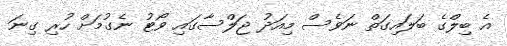
އެ ބިލްގެ ބަލައިގަތް ނަވެސް މިއަދު ޖަލްސާގައި ވޯޓު ނެގުމަށް ހުރި ގިނަ